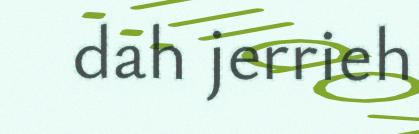
dah jerrieh